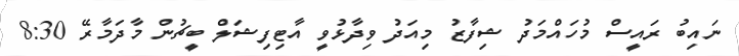
ނައިބު ރައީސް މުހައްމަދު ޝިފާޒު މިއަދު ވިދާޅުވީ އާޓިފިޝަލް ބީޗުން މާދަމާރޭ 8:30